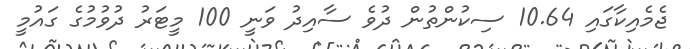
ޖެމެއިކާގައި 10.64 ސިކުންތުން ދުވެ ސާއިދު ވަނީ 100 މީޓަރު ދުވުމުގެ ގައުމީ